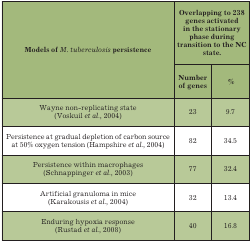
| <ROWSPAN=2> Models of M. tuberculosis persistence | <COLSPAN=2> Overlapping to 238 genes activated in the stationary phase during transition to the NC state. |
 | Number of genes | % |
 | --- | --- | --- |
 | Wayne non-replicating state (Voskuil et al., 2004) | 23 | 9,7 |
 | Persistence at gradual depletion of carbon source at 50% oxygen tension (Hampshire et al., 2004) | 82 | 34,5 |
 | Persistence within macrofages (Schnappinger et al., 2003) | 77 | 32,4 |
 | Artificial granuloma in mice (Karakousis et al., 2004) | 32 | 13,4 |
 | Enduring hypoxia response (Rustad et al., 2008) | 40 | 16,8 |